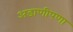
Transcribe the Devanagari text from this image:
अडाणीपणा